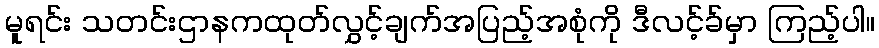
မူရင်း သတင်းဌာနကထုတ်လွှင့်ချက်အပြည့်အစုံကို ဒီလင့်ခ်မှာ ကြည့်ပါ။